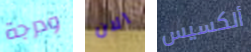
ودرجة الان ألكسيس